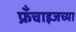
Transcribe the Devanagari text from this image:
फ्रँचाइजच्या